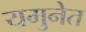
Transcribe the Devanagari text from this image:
यमुनेत